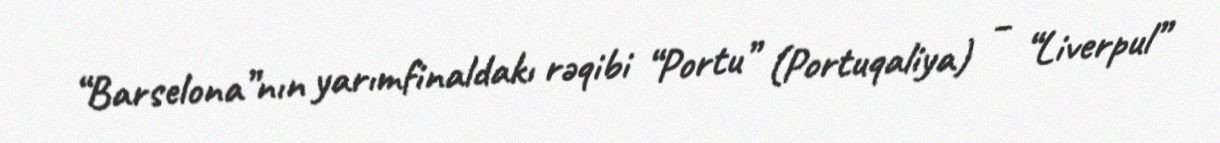
“Barselona”nın yarımfinaldakı rəqibi “Portu” (Portuqaliya) – “Liverpul”